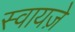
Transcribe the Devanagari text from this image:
स्वायज़े